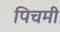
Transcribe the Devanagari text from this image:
पिचमी